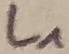
Text: L1